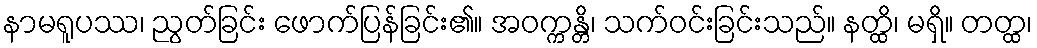
နာမရူပဿ၊ ညွတ်ခြင်း ဖောက်ပြန်ခြင်း၏။ အဝက္ကန္တိ၊ သက်ဝင်းခြင်းသည်။ နတ္ထိ၊ မရှိ။ တတ္ထ၊